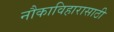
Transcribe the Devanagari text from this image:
नौकाविहारासाठी